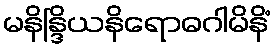
မနိန္ဒြိယနိရောဓဂါမိနိံ